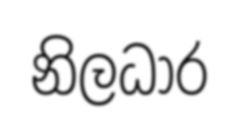
නිලධාර